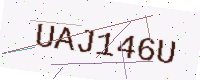
Text: UAJ146U